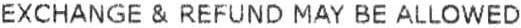
EXCHANGE & REFUND MAY BE ALLOWED